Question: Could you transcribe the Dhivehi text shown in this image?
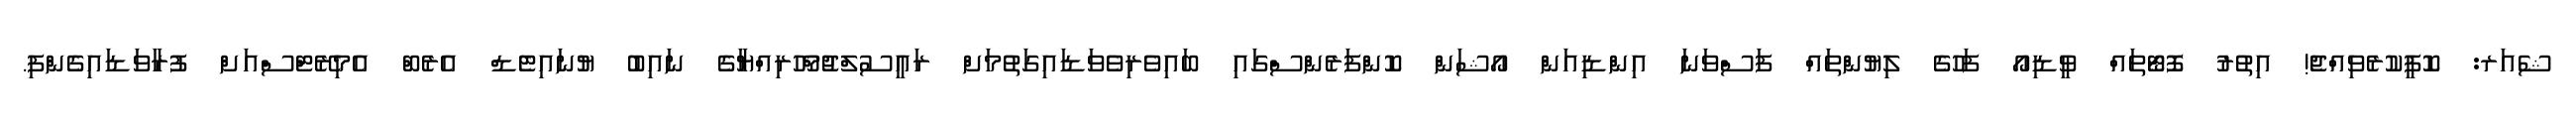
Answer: ޝެއަރ: ކޮޕީކުރެވިއްޖެ! އިތުރު ފޮޓޯތައް ވީޑިއޯ ފަހުގެ ލިޔުންތައް ފަސްވަނަ އިންޑިއަން އޯޝަން ކޮންފަރެންސްގައި ބައިވެރިވެވަޑައިގަތުމަށް ރައީސުލްޖުމްހޫރިއްޔާގެ ނައިބު ޔުނައިޓެޑް އެރެބް އެމިރޭޓްސްއަށް ފުރާވަޑައިގެންފި.